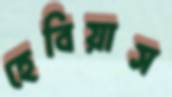
হেবিয়াস